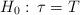
LaTeX: \begin{align*}H_0:\,\tau=T\end{align*}